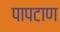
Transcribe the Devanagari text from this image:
पापटाण